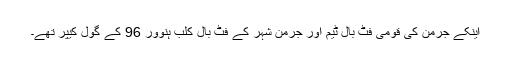
اینکے جرمن کی قومی فٹ بال ٹیم اور جرمن شہر کے فٹ بال کلب ہنوور 96 کے گول کیپر تھے۔